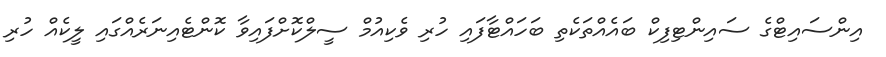
އިންސައިޓްގެ ސައިންޓިފިކް ބައެއްތަކެތި ބަހައްޓާފައި ހުރި ވެކިއުމް ސީލްކޮށްފައިވާ ކޮންޓެއިނަރެއްގައި ލީކެއް ހުރި